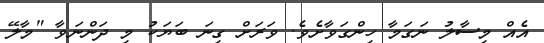
އެއް މިސާލު ނަގަމާ ހިންގަވާށެވެ. ވަރަށް ގިނަ ބަޔަކު މި ދަންނަވާ "މާލޭ